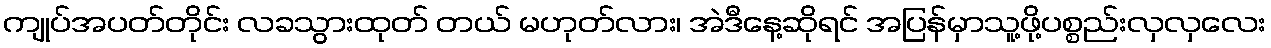
ကျုပ်အပတ်တိုင်း လခသွားထုတ် တယ် မဟုတ်လား၊ အဲဒီနေ့ဆိုရင် အပြန်မှာသူ့ဖို့ပစ္စည်းလှလှလေး